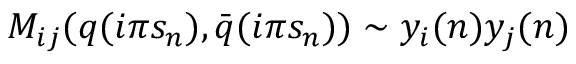
M _ { i j } ( q ( i \pi s _ { n } ) , \bar { q } ( i \pi s _ { n } ) ) \sim y _ { i } ( n ) y _ { j } ( n )